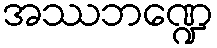
အဿဘဏ္ဍေ